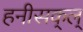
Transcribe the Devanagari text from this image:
हनीसक्‌ल्‌